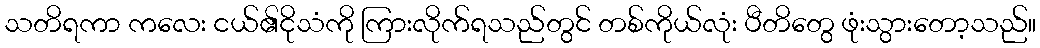
သတိရကာ ကလေး ငယ်၏ငိုသံကို ကြားလိုက်ရသည်တွင် တစ်ကိုယ်လုံး ပီတိတွေ ဖုံးသွားတော့သည်။